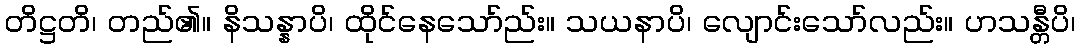
တိဋ္ဌတိ၊ တည်၏။ နိသန္နာပိ၊ ထိုင်နေသော်ည်း။ သယနာပိ၊ လျောင်းသော်လည်း။ ဟသန္တီပိ၊